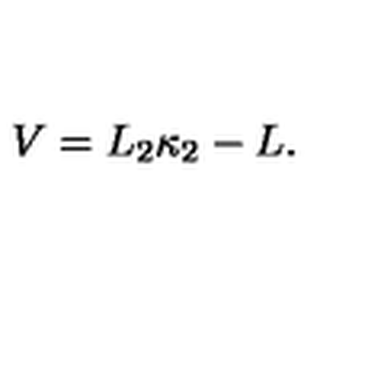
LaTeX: V = L _ { 2 } \kappa _ { 2 } - L .